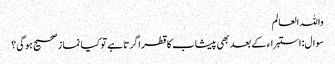
واللہ العالم
سوال:استبراء کے بعد بھی پیشاب کا قطرا گرتا ہے تو کیا نماز صحیح ہوگی؟